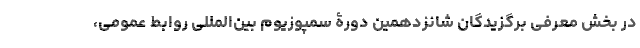
در بخش معرفی برگزیدگان شانزدهمین دورۀ سمپوزیوم بین‌المللی روابط عمومی،